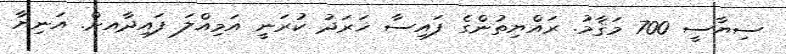
ސިޔާސީ 700 މަޤާމު. ރައްޔިތުންގެ ފައިސާ ޚަރަދު ކުރަނީ އަމިއްލަ ފައިދާއށް. އަނިޔާ